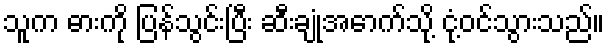
သူက ဓားကို ပြန်သွင်းပြီး ဆီးချုံအောက်သို့ ငုံ့ဝင်သွားသည်။